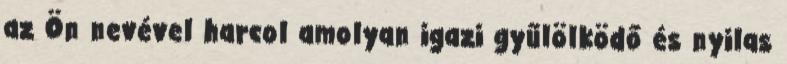
az Ön nevével harcol amolyan igazi gyűlölködő és nyilas